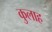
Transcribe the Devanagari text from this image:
कुलाह